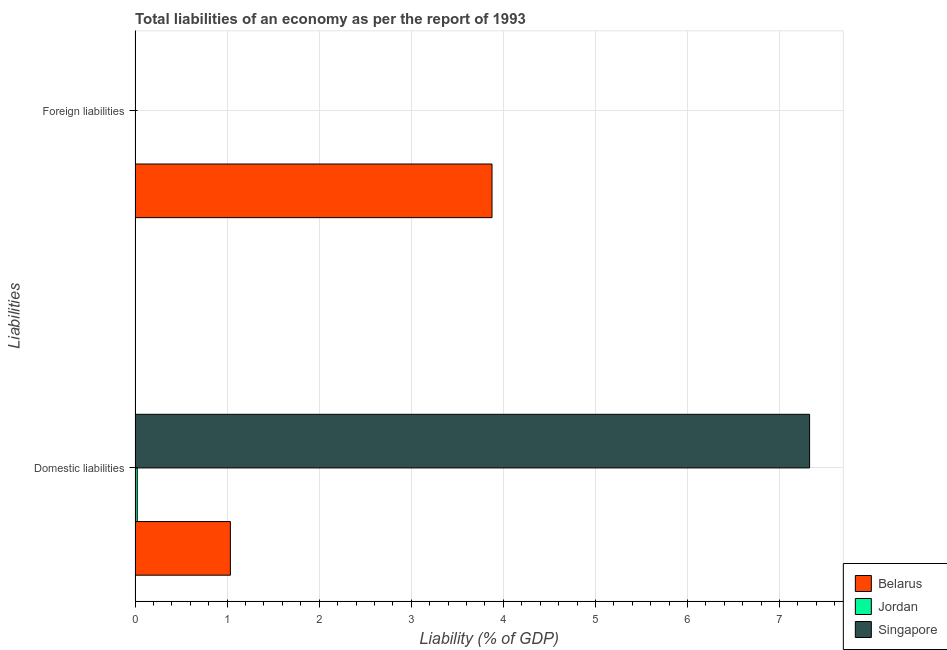
| Liabilities | Belarus | Jordan | Singapore |
 | --- | --- | --- | --- |
 | Domestic liabilities | 1.04 | 0.0239 | 7.33 |
 | Foreign liabilities | 3.88 | -3.43 | -0.0143 |